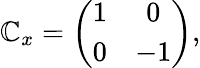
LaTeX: \mathbb{C}_{x}=\left(\begin{array}{cc}{{1}}&{{0}}\\ {{0}}&{{-1}}\end{array}\right),